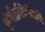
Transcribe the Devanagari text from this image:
संगीतशिरोमणि